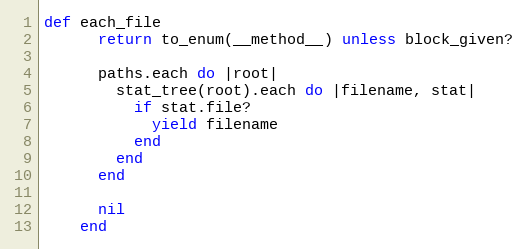
Language: Ruby
def each_file
      return to_enum(__method__) unless block_given?

      paths.each do |root|
        stat_tree(root).each do |filename, stat|
          if stat.file?
            yield filename
          end
        end
      end

      nil
    end